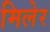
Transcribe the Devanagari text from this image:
मिलेर